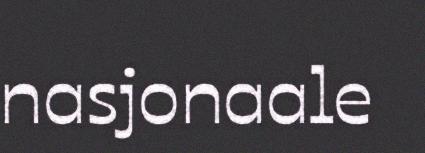
nasjonaale